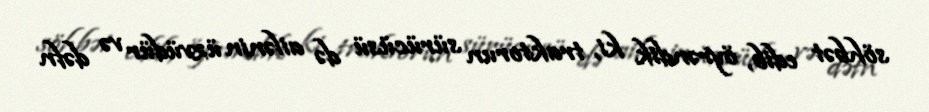
söhbət edib, öyrəndik ki, traktorun sürücüsü də ailənin üzvüdür və dəfn